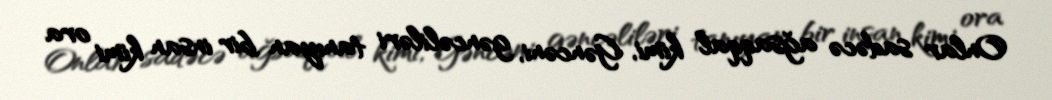
Onlar sadəcə ağsaqqal kimi, Gəncəni, gəncəliləri tanıyan bir insan kimi ora